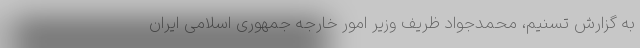
به گزارش تسنیم، محمدجواد ظریف وزیر امور خارجه جمهوری اسلامی ایران